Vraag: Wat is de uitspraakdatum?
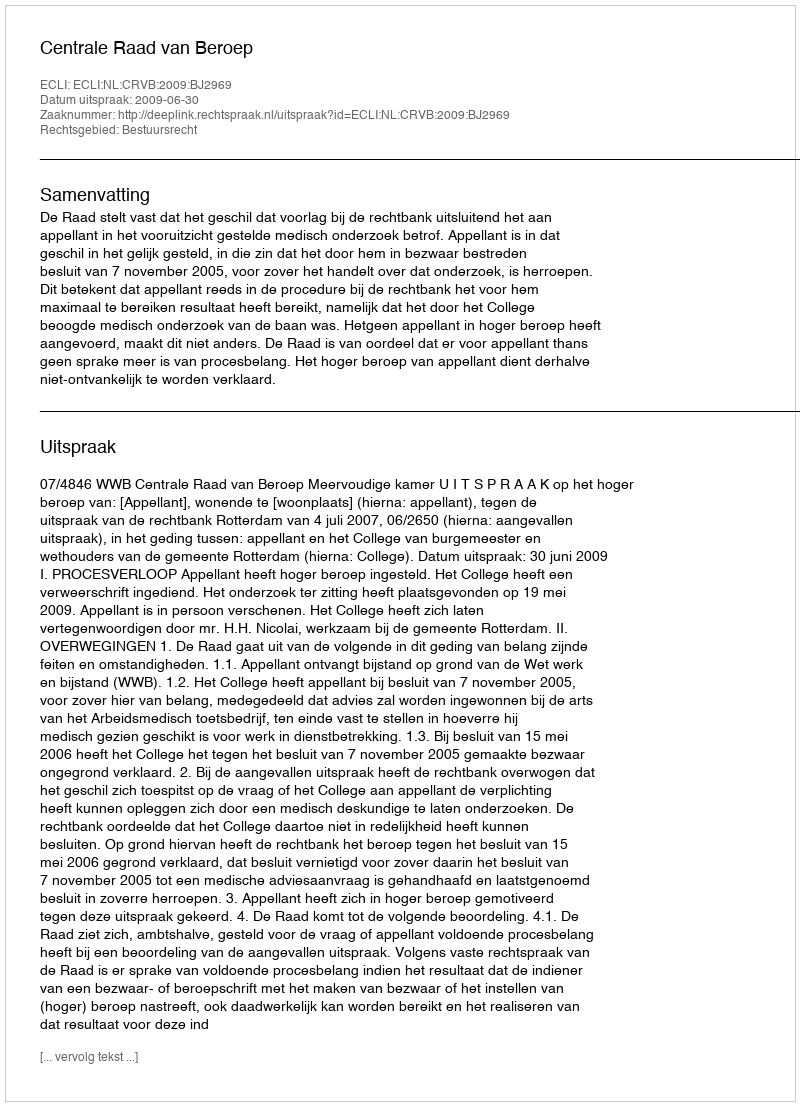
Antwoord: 2009-06-30